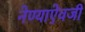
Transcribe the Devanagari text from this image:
नेण्याऐवजी